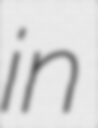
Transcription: in